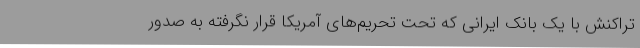
تراکنش با یک بانک ایرانی که تحت تحریم‌های آمریکا قرار نگرفته به صدور